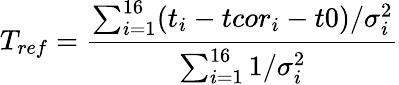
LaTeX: T_{ref}=\frac{\sum_{i=1}^{16}(t_{i}-tcor_{i}-t0)/\sigma_{i}^{2}}{\sum_{i=1}^{16}1/\sigma_{i}^{2}}